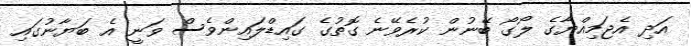
އަދި އެޖަމިއްޔާގެ ލޯގޯ ބޭނުން ކުރެވޭނެ ގޮތުގެ ގައިޑްލައިންވެސް ވަނީ އެ ބަޔާނުގައި